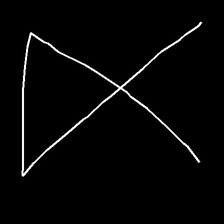
Glyph: collection